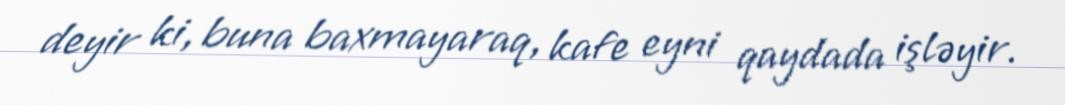
deyir ki, buna baxmayaraq, kafe eyni qaydada işləyir.